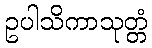
ဥပါသိကာသုတ္တံ